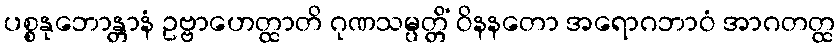
ပစ္စနုဘောန္တာနံ ဥဗ္ဗာဟေတ္ထာတိ ဂုဏသမ္ပတ္တိံ ဝိနနတော အရောဂဘာဝံ အာဂတတ္ထ